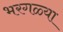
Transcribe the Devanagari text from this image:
भरगळ्या